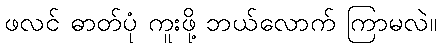
ဖလင် ဓာတ်ပုံ ကူးဖို့ ဘယ်လောက် ကြာမလဲ။